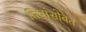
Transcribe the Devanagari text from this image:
तिघांसोबत